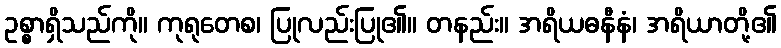
ဥစ္စာရှိသည်ကို။ ကုရုတေစ၊ ပြုလည်းပြု၏။ တနည်း။ အရိယဓနီနံ၊ အရိယာတို့၏